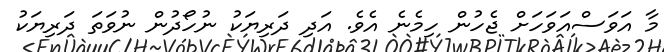
މާ އަވަސްއަވަހަށް ޖެހުން ހިމެނެ އެވެ. އަދި ދަރިޔަކު ނުހޯދުން ނުވަތަ ދަރިޔަކު